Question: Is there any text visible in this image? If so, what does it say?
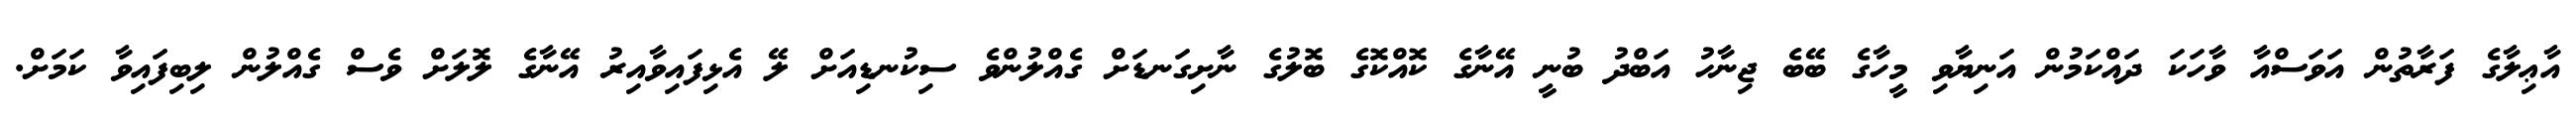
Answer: އާޢިލާގެ ފަރާތުން އަވަސްއާ ވާހަކަ ދައްކަމުން އަނިޔާވި މީހާގެ ބޭބެ ޖިނާހު އަބްދު ބުނީ އޭނާގެ ކޮއްކޮގެ ބޮލުގެ ނާށިގަނޑަށް ގެއްލުންވެ ސިކުނޑިއަށް ލޭ އެޅިފައިވާއިރު އޭނާގެ ލޮލަށް ވެސް ގެއްލުން ލިބިފައިވާ ކަމަށް.